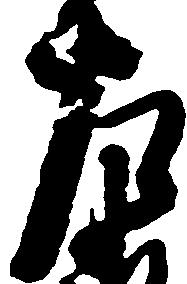
左